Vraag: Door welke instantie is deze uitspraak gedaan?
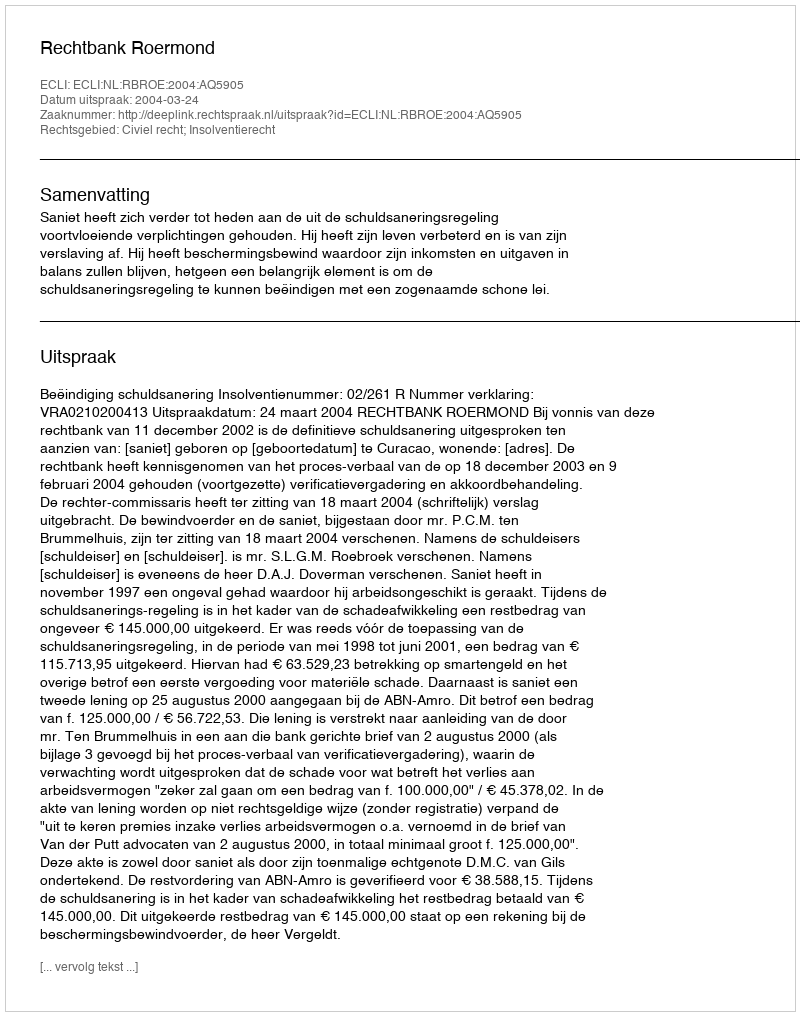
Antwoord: Rechtbank Roermond